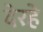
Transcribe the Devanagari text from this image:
देरहे